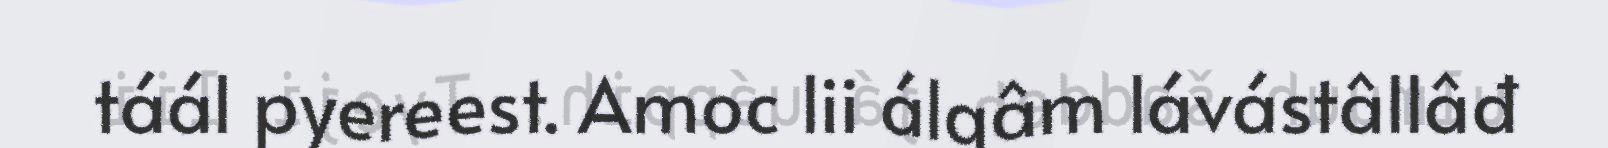
táál pyereest. Amoc lii álgâm lávástâllâđ